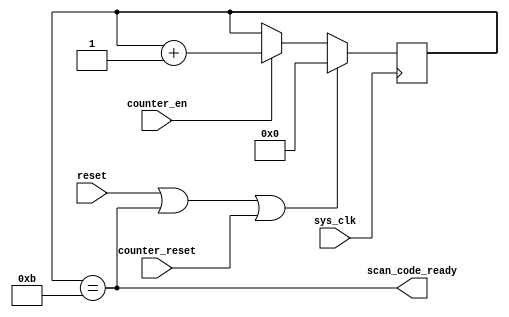
`timescale 1ns / 1ps
//////////////////////////////////////////////////////////////////////////////////
// Company: 
// Engineer: 
// 
// Design Name: 
// Module Name:    bit_counter_k 
// Project Name: 
// Target Devices: 
// Tool versions: 
// Description: 
//
// Dependencies: 
//
// Revision: 
// Revision 0.01 - File Created
// Additional Comments: 
//
//////////////////////////////////////////////////////////////////////////////////
module bit_counter(sys_clk,reset,counter_reset,counter_en,scan_code_ready);
	
	input sys_clk,reset;
	input counter_reset,counter_en;
	
	output  scan_code_ready;
	wire scan_code_ready;
	reg [3:0]bit_count=0;
	assign scan_code_ready=(bit_count==11);
	always @(posedge sys_clk)
		begin
			if ( reset || scan_code_ready || counter_reset ) 
				bit_count <= 0; // normal reset
			else if ( counter_en) bit_count <= bit_count + 1;
		end
endmodule